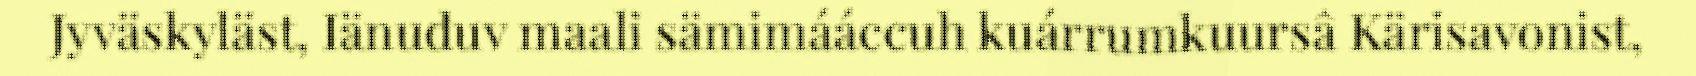
Jyväskyläst, Iänuduv maali sämimááccuh kuárrumkuursâ Kärisavonist,